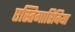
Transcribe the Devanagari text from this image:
एस्तिगारिबिया